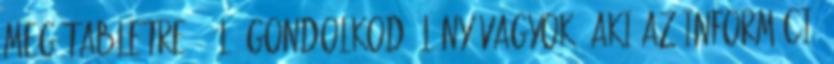
meg tabletre. "Élő gondolkodó lény vagyok, aki az információ